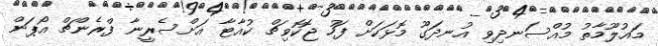
މައުލޫމާތު މުއްސަނދިވި އުނދަގޫ މޮޅަކަށް ފަހު ޖޮކޮވިޗް ކުއާޓާ އަށްސެރީނާ ފްރެންޗް އޯޕަން